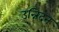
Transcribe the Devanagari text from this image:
उन्निदन